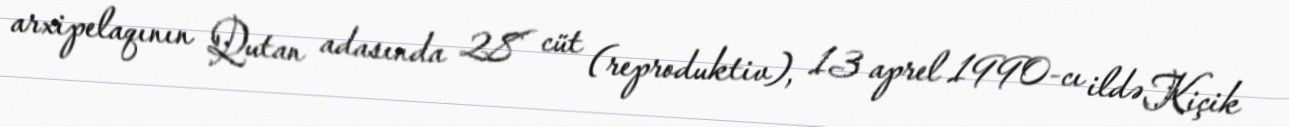
arxipelaqının Qutan adasında 28 cüt (reproduktiv), 13 aprel 1990-cı ildə Kiçik